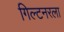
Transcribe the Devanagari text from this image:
गिल्टनरला